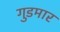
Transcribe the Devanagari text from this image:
गुडमार